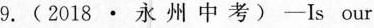
9. ( 2018 · 永 州 中 考 ) —Is our